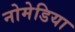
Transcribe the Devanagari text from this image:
नोमेडिया